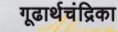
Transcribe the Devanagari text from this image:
गूढार्थचंद्रिका